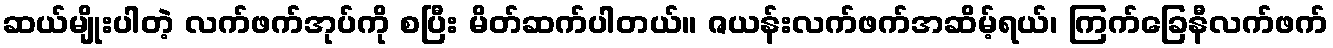
ဆယ်မျိုးပါတဲ့ လက်ဖက်အုပ်ကို စပြီး မိတ်ဆက်ပါတယ်။ ဇယန်းလက်ဖက်အဆိမ့်ရယ်၊ ကြက်ခြေနီလက်ဖက်